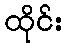
ထိုင်း